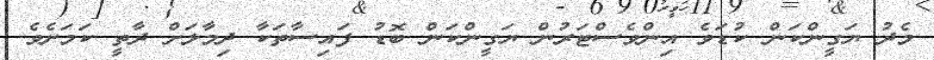
މެދު ޔަގީންކަން ކުޑަވެ އިންވެސްޓަރުން ޔަގީންކަން ބޮޑު ފައިސާތަކާ ދިމާލަށް ދާތީ ކަމަށެވެ.